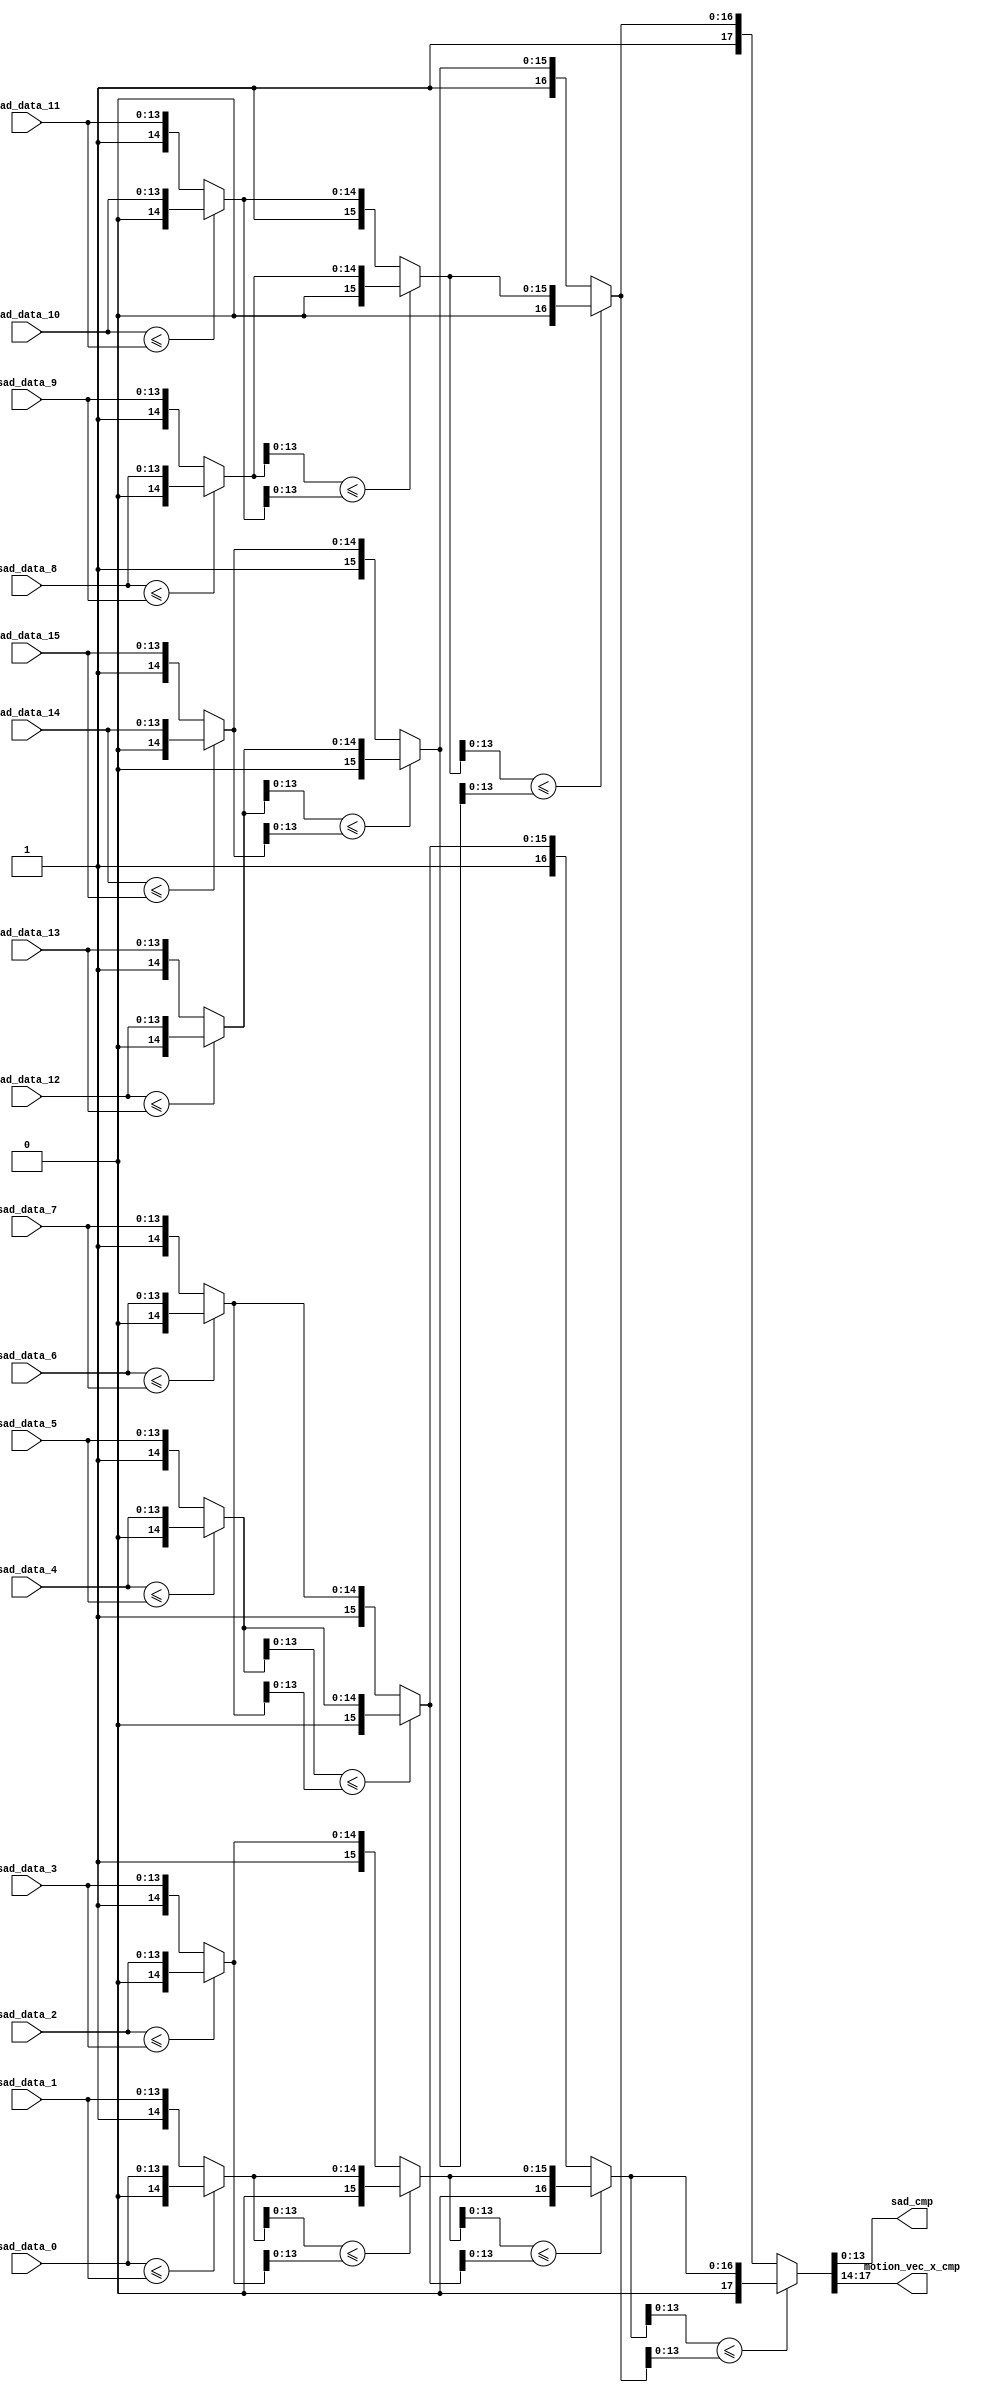
module compare_tree (input wire [14-1:0] sad_data_0,
                     input wire [14-1:0] sad_data_1,
                     input wire [14-1:0] sad_data_2,
                     input wire [14-1:0] sad_data_3,
                     input wire [14-1:0] sad_data_4,
                     input wire [14-1:0] sad_data_5,
                     input wire [14-1:0] sad_data_6,
                     input wire [14-1:0] sad_data_7,
                     input wire [14-1:0] sad_data_8,
                     input wire [14-1:0] sad_data_9,
                     input wire [14-1:0] sad_data_10,
                     input wire [14-1:0] sad_data_11,
                     input wire [14-1:0] sad_data_12,
                     input wire [14-1:0] sad_data_13,
                     input wire [14-1:0] sad_data_14,
                     input wire [14-1:0] sad_data_15,
                     output wire [14-1:0] sad_cmp,
                     output wire [4-1:0] motion_vec_x_cmp);
    
    // wire [14-1:0] cmp_0_#;
    wire [14+1-1:0] cmp_0_0;
    wire [14+1-1:0] cmp_0_1;
    wire [14+1-1:0] cmp_0_2;
    wire [14+1-1:0] cmp_0_3;
    wire [14+1-1:0] cmp_0_4;
    wire [14+1-1:0] cmp_0_5;
    wire [14+1-1:0] cmp_0_6;
    wire [14+1-1:0] cmp_0_7;
    // wire [14+2-1:0] cmp_1_#;
    wire [14+2-1:0] cmp_1_0;
    wire [14+2-1:0] cmp_1_1;
    wire [14+2-1:0] cmp_1_2;
    wire [14+2-1:0] cmp_1_3;
    //
    wire [14+3-1:0] cmp_2_0;
    wire [14+3-1:0] cmp_2_1;
    //
    wire [14+4-1:0] cmp;
    
    // assign cmp_0_# = (sad_ < sad_) ? {1'b0, sad_} : {1'b0, sad_};
    assign cmp_0_0    = (sad_data_0 <= sad_data_1) ? {1'b0, sad_data_0} : {1'b1, sad_data_1};
    assign cmp_0_1    = (sad_data_2 <= sad_data_3) ? {1'b0, sad_data_2} : {1'b1, sad_data_3};
    assign cmp_0_2    = (sad_data_4 <= sad_data_5) ? {1'b0, sad_data_4} : {1'b1, sad_data_5};
    assign cmp_0_3    = (sad_data_6 <= sad_data_7) ? {1'b0, sad_data_6} : {1'b1, sad_data_7};
    assign cmp_0_4    = (sad_data_8 <= sad_data_9) ? {1'b0, sad_data_8} : {1'b1, sad_data_9};
    assign cmp_0_5    = (sad_data_10 <= sad_data_11) ? {1'b0, sad_data_10} : {1'b1, sad_data_11};
    assign cmp_0_6    = (sad_data_12 <= sad_data_13) ? {1'b0, sad_data_12} : {1'b1, sad_data_13};
    assign cmp_0_7    = (sad_data_14 <= sad_data_15) ? {1'b0, sad_data_14} : {1'b1, sad_data_15};
    //
    assign cmp_1_0 = (cmp_0_0[14-1:0] <= cmp_0_1[14-1:0]) ? {1'b0, cmp_0_0} : {1'b1, cmp_0_1};
    assign cmp_1_1 = (cmp_0_2[14-1:0] <= cmp_0_3[14-1:0]) ? {1'b0, cmp_0_2} : {1'b1, cmp_0_3};
    assign cmp_1_2 = (cmp_0_4[14-1:0] <= cmp_0_5[14-1:0]) ? {1'b0, cmp_0_4} : {1'b1, cmp_0_5};
    assign cmp_1_3 = (cmp_0_6[14-1:0] <= cmp_0_7[14-1:0]) ? {1'b0, cmp_0_6} : {1'b1, cmp_0_7};
    //
    assign cmp_2_0 = (cmp_1_0[14-1:0] <= cmp_1_1[14-1:0]) ? {1'b0, cmp_1_0} : {1'b1, cmp_1_1};
    assign cmp_2_1 = (cmp_1_2[14-1:0] <= cmp_1_3[14-1:0]) ? {1'b0, cmp_1_2} : {1'b1, cmp_1_3};
    //
    assign cmp = (cmp_2_0[14-1:0] <= cmp_2_1[14-1:0]) ? {1'b0, cmp_2_0} : {1'b1, cmp_2_1};
    //
    assign motion_vec_x_cmp = cmp[14+3:14];
    assign sad_cmp      = cmp[14-1:0];
    
endmodule